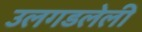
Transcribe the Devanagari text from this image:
उलगडलेली